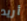
أريد